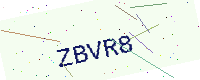
Text: ZBVR8